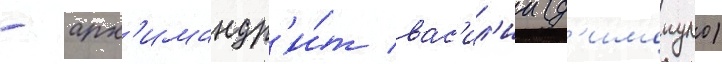
- арх'имандр'и́т вас'ил'ии (д'имопуло)